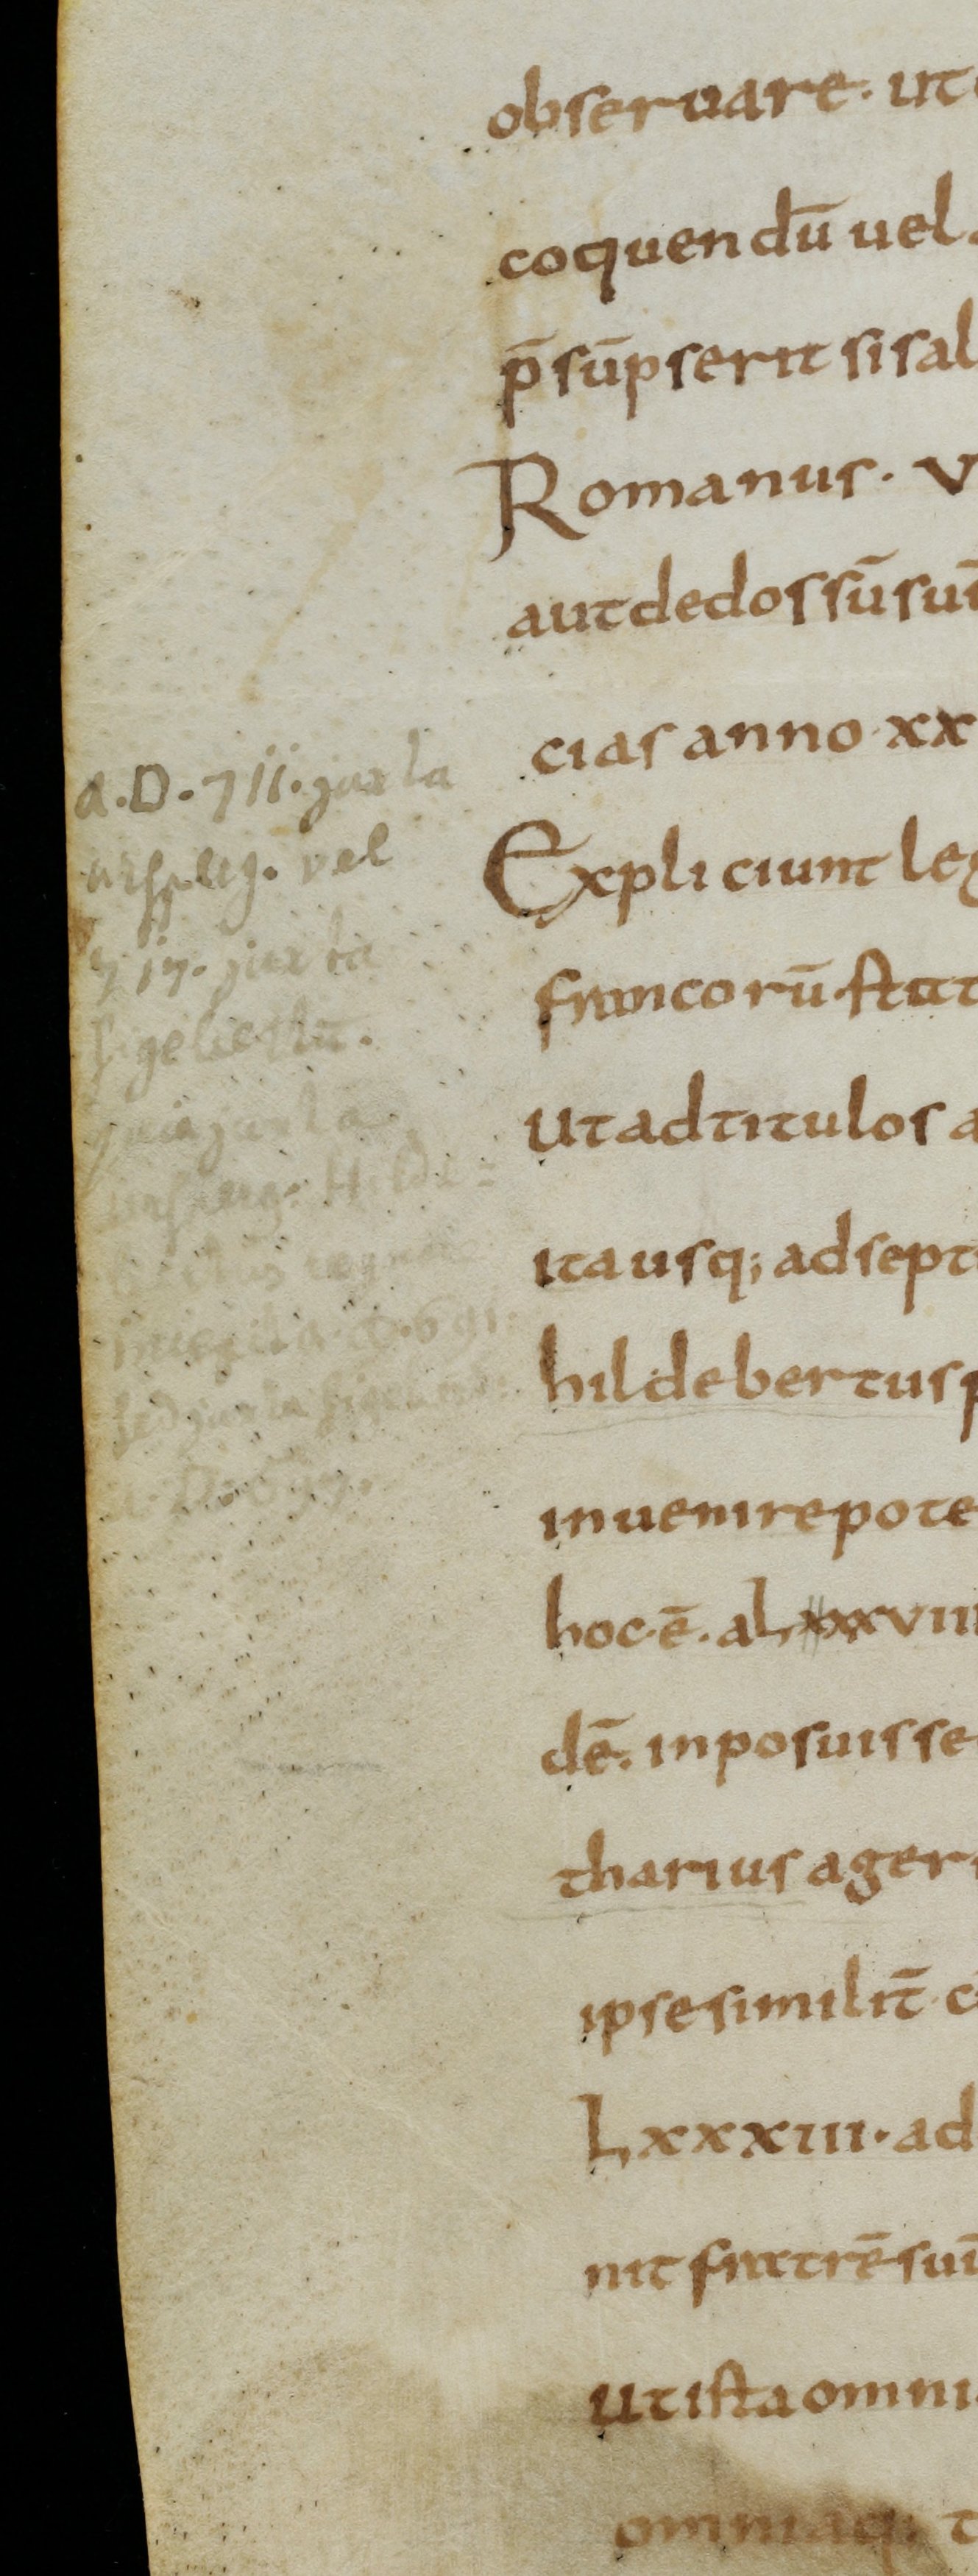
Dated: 800–830